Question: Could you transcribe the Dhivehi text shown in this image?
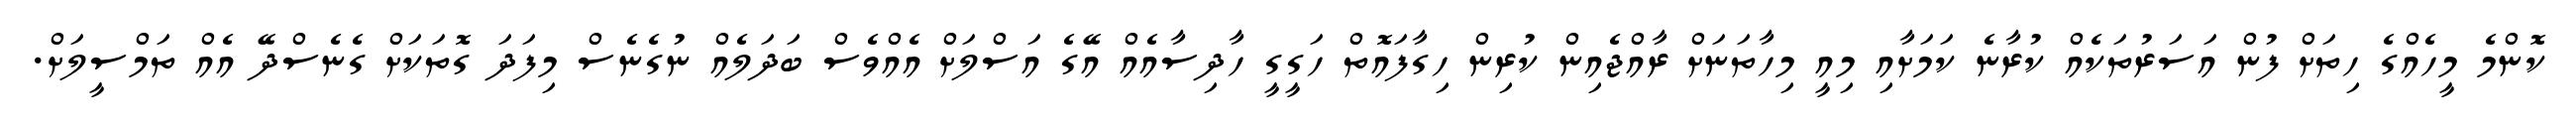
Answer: ކޮންމެ މީހެއްގެ ހިތަށް ފުން އަސަރުތަކެއް ކުރާނެ ކަމަށާއި މިއީ މިހާތަނަށް ރާއްޖެއިން ކުރިން ހިގާފައޮތް ހަގީގީ ހާދިސާއެއް އޭގެ އަސްލަށް އެއްވެސް ބަދަލެއް ނުގެނެސް މިފަދަ ގޮތަކަށް ގެނެސްދޭ އެއް ތަމްސީލަށް.